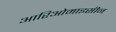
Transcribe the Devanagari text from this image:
आरिओमाइसीन